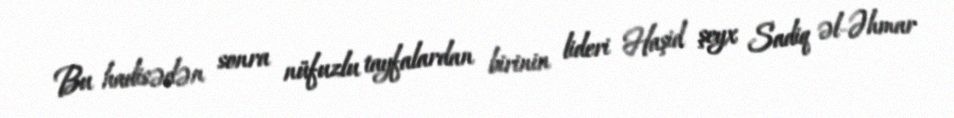
Bu hadisədən sonra nüfuzlu tayfalardan birinin lideri Haşid şeyx Sadiq əl-Əhmar